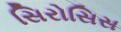
સિરોસિસ